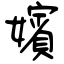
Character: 嬪